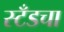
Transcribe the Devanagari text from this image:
स्टँडचा